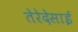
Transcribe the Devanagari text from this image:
तेरेदेसाई